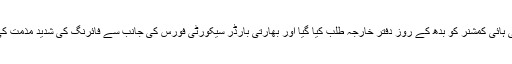
بھارتی ڈپٹی ہائی کمشنر کو بدھ کے روز دفتر خارجہ طلب کیا گیا اور بھارتی بارڈر سیکورٹی فورس کی جانب سے فائرنگ کی شدید مذمت کی گئی تھی۔